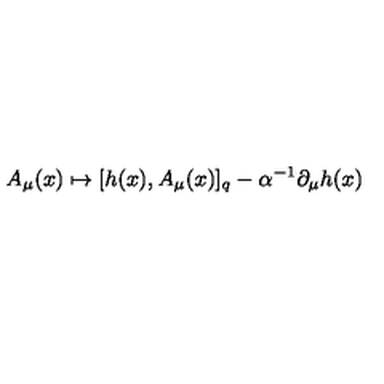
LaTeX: A _ { \mu } ( x ) \mapsto [ h ( x ) , A _ { \mu } ( x ) ] _ { q } - \alpha ^ { - 1 } \partial _ { \mu } h ( x )